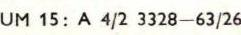
UM 15: A 4/2 3328-63/26